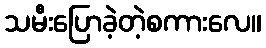
သမီးပြောခဲ့တဲ့စကားလေ။